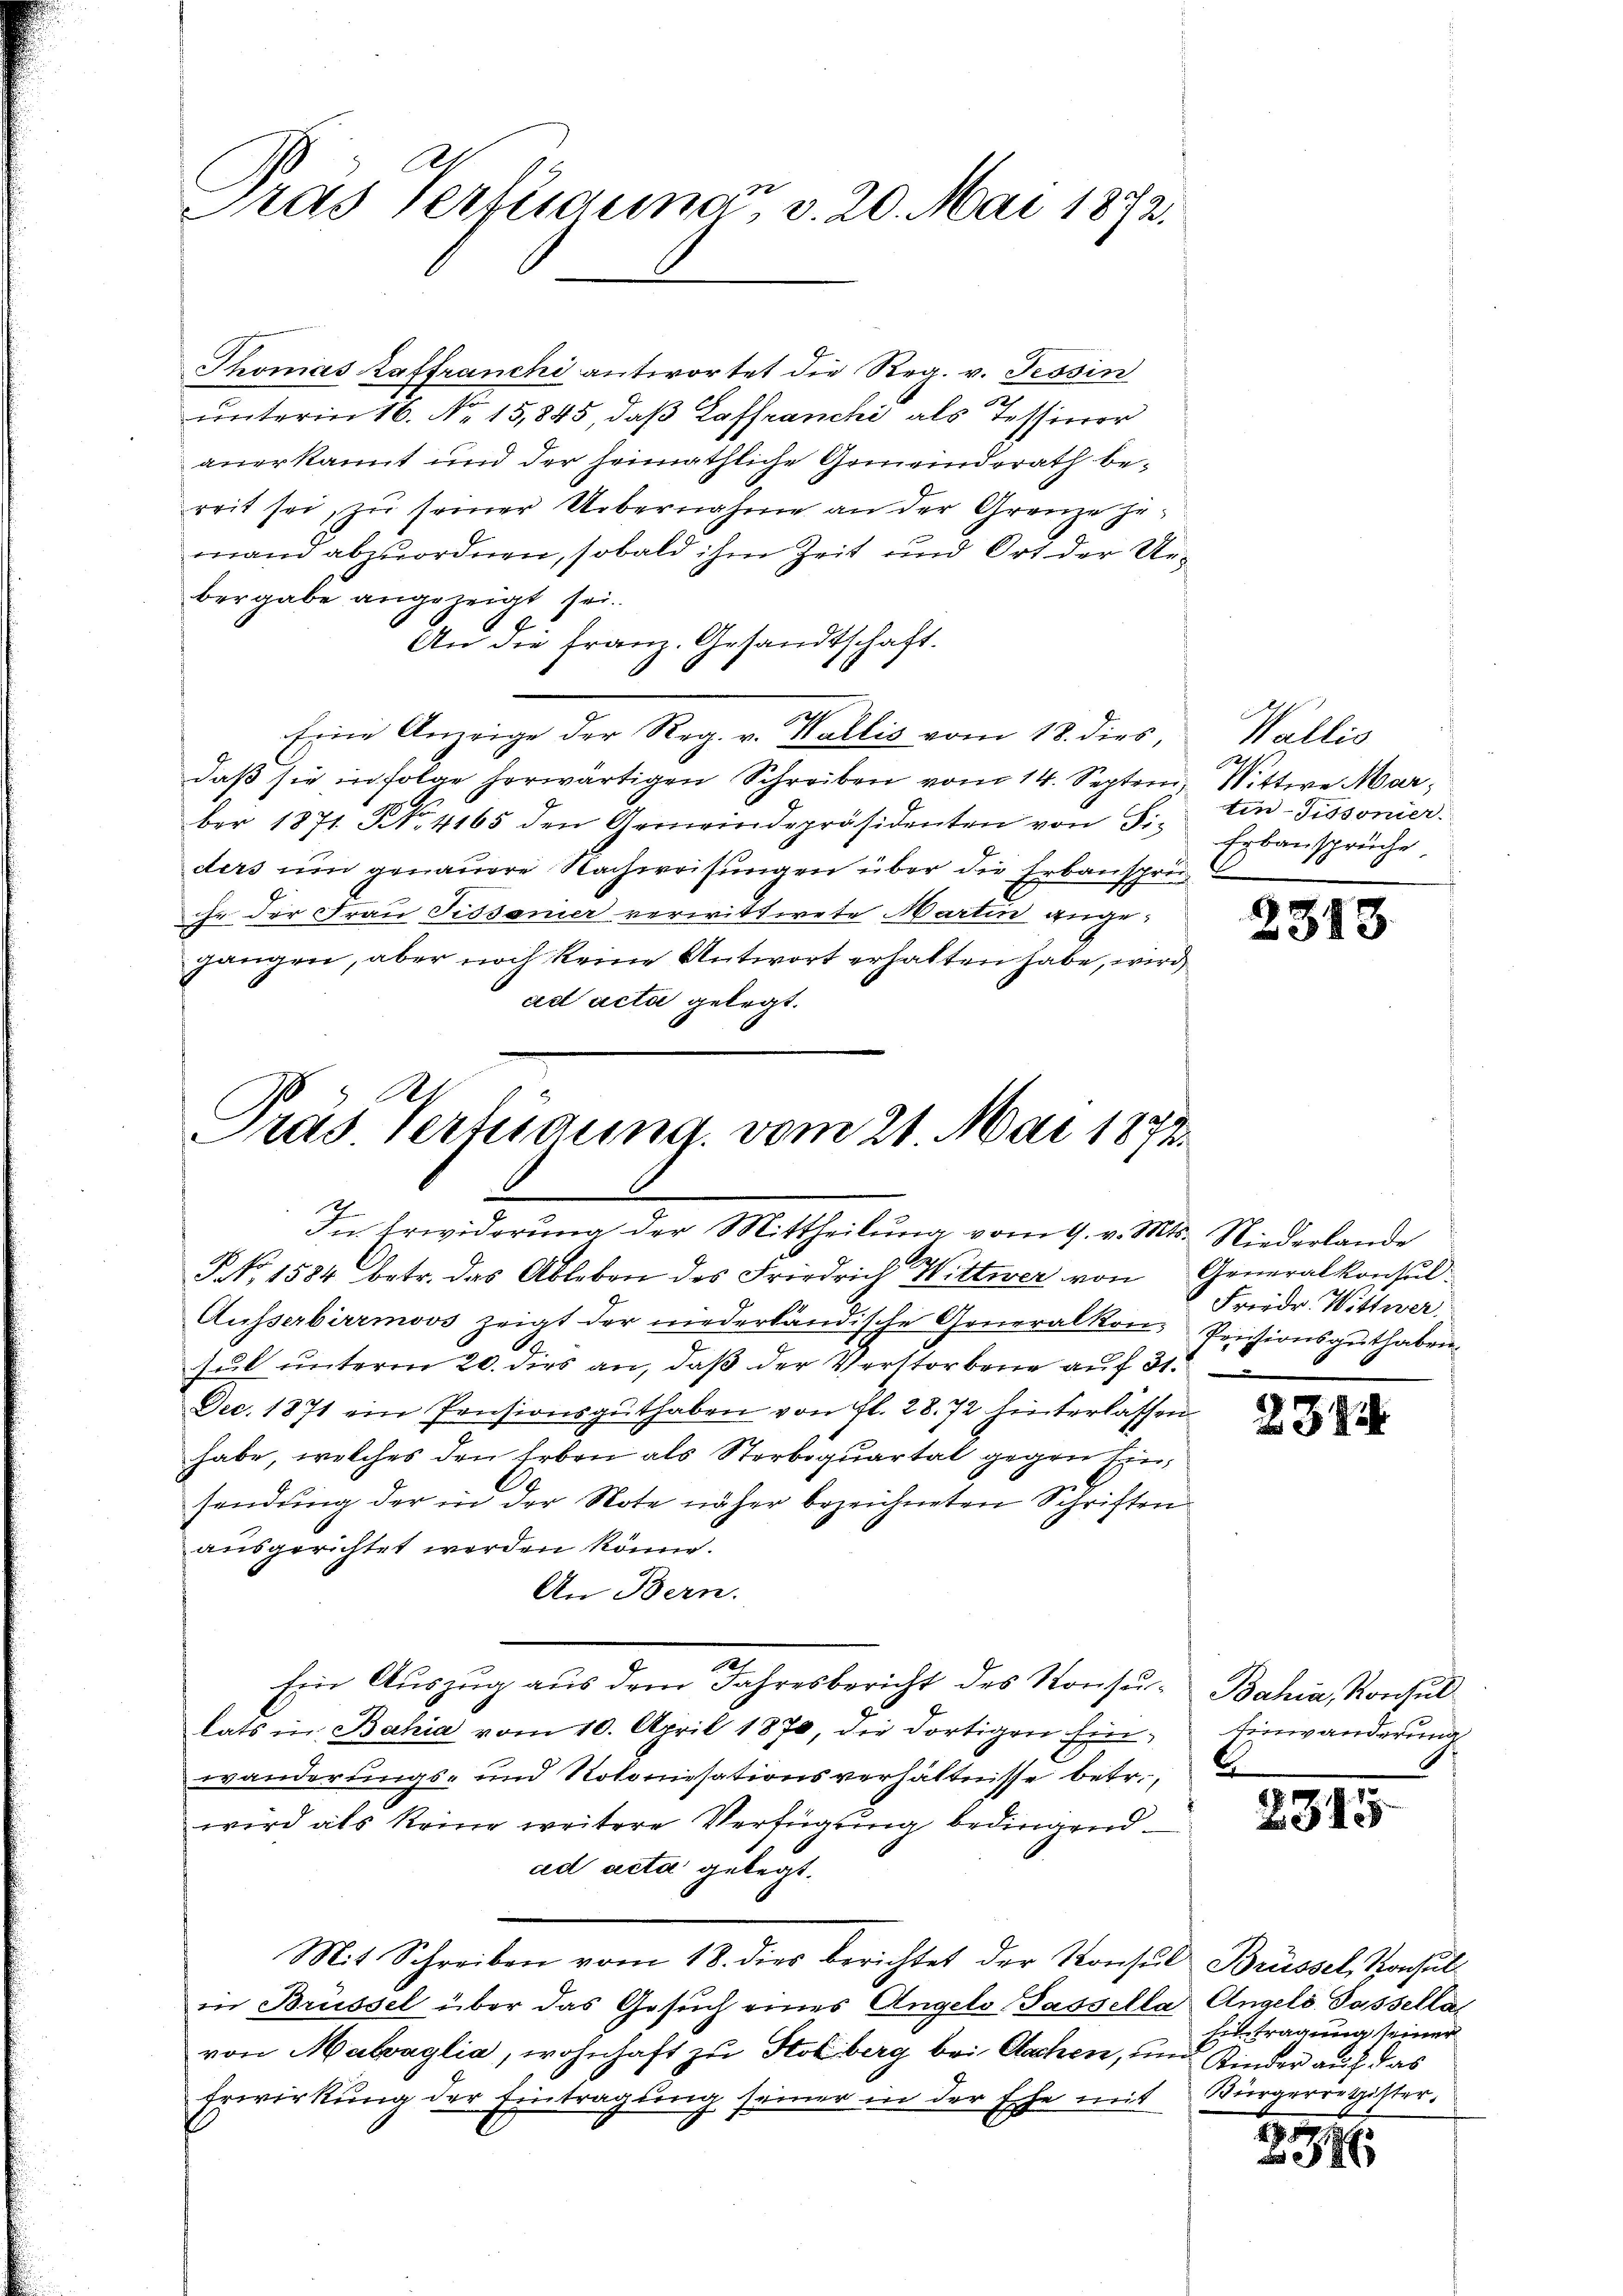
Tras Verfügung v. 20. Mai 1872.

Thomas Kaffranchi antwortet die Reg. v. Tessin
unterm 16. No. 15,845, daß Laffranchi als Tessiner
anerkannt und der heimathliche Gemeinderath bereit sei, zu seiner Uebernahme an der Grenze jemand abzuordnen, sobald ihm Zeit und Ort der Uebergabe angezeigt sei.
An die Franz. Gesandtschaft.
Eine Anzeige der Reg. v. Wallis vom 18. dies,
daß sie in folge herwärtigen Schreiben vom 14. Septem, Wittwe Marber 1871. No. 4165 den Gemeindepräsidenten von Fi-
ders um genauere Nachweisungen über die Erbansprüche der Frau Tissonier verwittwete Martin angegangen, aber noch keine Antwort erhalten habe, wird
ad acta gelegt.

Ab
Pras Verfügung vom 21. Mai 1872.
In Erwiderung der Mittheilung vom 9. v. Mts. Niederlande
P No. 1584 betr. das Ableben des Friedrich Wittwer von Generalkonsul

Ausserbirrmoos zeigt der niederländische Generalkon-Pensionsguthaben
sul unterm 20. dies an, daß der Verstorbene auf 31.
Dec. 1871 ein Pensionsguthaben von fl. 28. 72 hinterlassen
habe, welches den Erben als Storboquartal gegen Einsendung der in der Note näher bezeichneten Schriften
ausgerichtet werden könn.
An Bern.
Ein Auszug aus dem Jahresbericht des Konsu- Bahia, Konsul
lats in Bahia vom 10. April 1870, die dortigen Ein Einwanderung
wänderungs- und Rotonisationsverhältnisse betr.
wird als keine weitere Verfügung bedingend
ad acta gelegt.
Mit Schreiben vom 18. dies berichtet der Konsul Büssel, Konsul
in Brüssel über das Gesŭch eines Angelo Passella Angelo Passella
von Malvaglia, wohnhaft zu Holberg bei Sachen, und Kinder auf das
Erwirkung der Eintragung seiner in der Ehe mit Bürgerretister,

12

Wallis
1.
tin-Tissonier.
Erbansprüche

231

Friedr. Wittwer

234.

2315

Eintragung seiner

s
8